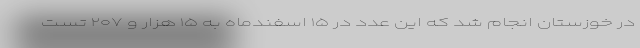
در خوزستان انجام شد که این عدد در ۱۵ اسفندماه به ۱۵ هزار و ۲۰۷ تست